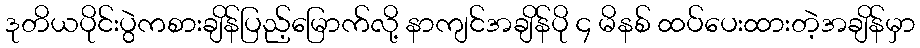
ဒုတိယပိုင်းပွဲကစားချိန်ပြည့်မြောက်လို့ နာကျင်အချိန်ပို ၄ မိနစ် ထပ်ပေးထားတဲ့အချိန်မှာ